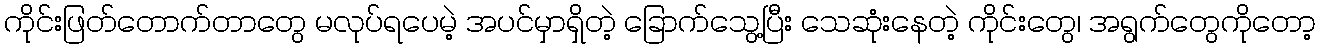
ကိုင်းဖြတ်တောက်တာတွေ မလုပ်ရပေမဲ့ အပင်မှာရှိတဲ့ ခြောက်သွေ့ပြီး သေဆုံးနေတဲ့ ကိုင်းတွေ၊ အရွက်တွေကိုတော့